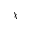
\chi